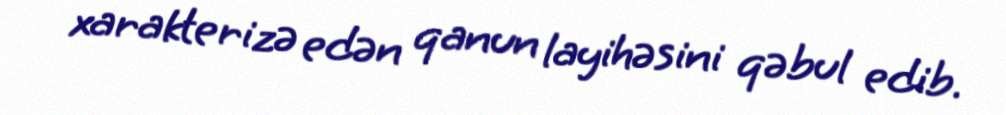
xarakterizə edən qanun layihəsini qəbul edib.